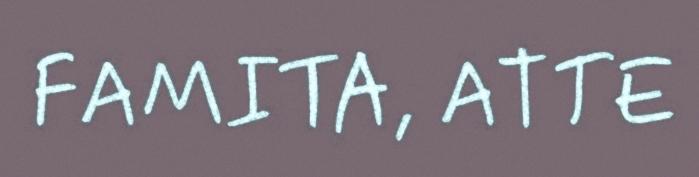
FAMITA, ATTE